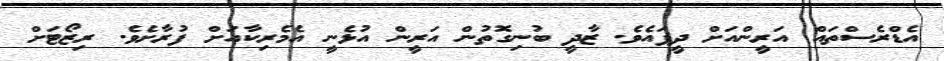
އެޑްރެސްތައް އަރީންއަށް ދީފައެވެ. ޒާދީ ބުނިގޮތުން އަރީން އުޅެނީ އެމެރިކާއަށް ފުރާށެވެ. ރިޒޯޓަށް